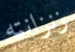
زنزانته